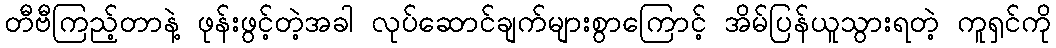
တီဗီကြည့်တာနဲ့ ဖုန်းဖွင့်တဲ့အခါ လုပ်ဆောင်ချက်များစွာကြောင့် အိမ်ပြန်ယူသွားရတဲ့ ကူရှင်ကို